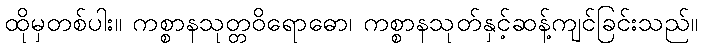
ထိုမှတစ်ပါး။ ကစ္စာနသုတ္တဝိရောဓော၊ ကစ္စာနသုတ်နှင့်ဆန့်ကျင်ခြင်းသည်။